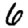
Digit: 6